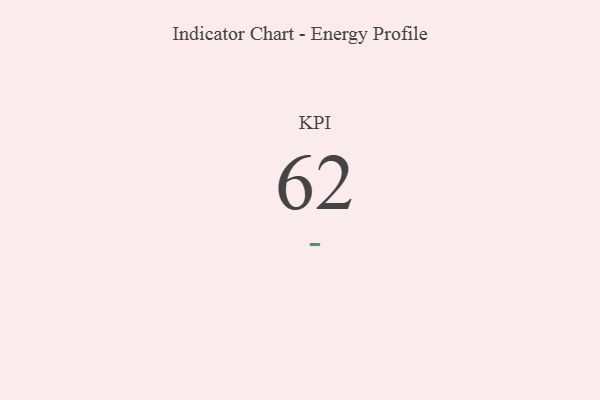
{"axis": {"x": "KPI", "y": "Value"}, "legend": [""], "data": [{"x": "KPI", "y": 62, "type": ""}]}